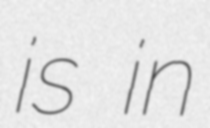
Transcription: is in